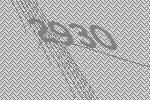
2930